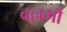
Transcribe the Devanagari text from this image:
वल्लभौ